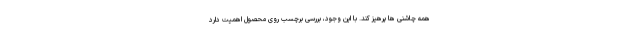
همه چاشنی ها پرهیز کند. با این وجود، بررسی برچسب روی محصول اهمیت دارد